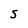
Character: 5